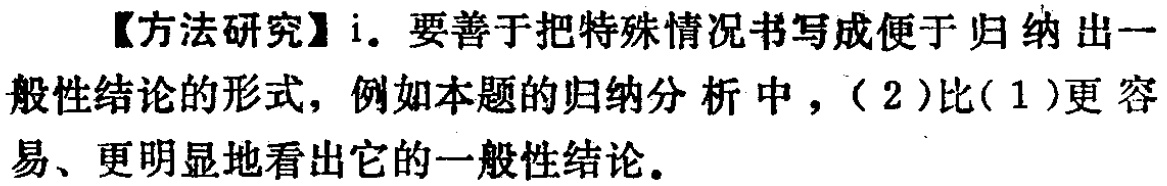
【方法研究】i. 要善于把特殊情况书写成便于归纳出一般性结论的形式，例如本题的归纳分析中，（2）比（1）更容易、更明显地看出它的一般性结论。